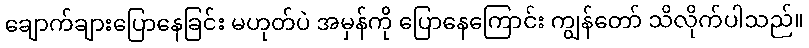
ချောက်ချားပြောနေခြင်း မဟုတ်ပဲ အမှန်ကို ပြောနေကြောင်း ကျွန်တော် သိလိုက်ပါသည်။